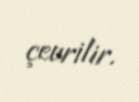
çevrilir.